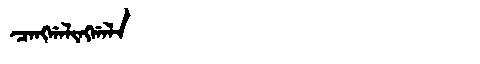
Manchu: ᠴᠠᠩᡤᠠᠯᡳᠩᡤᠠᠯᠠ
Romanization: CANGGALINGGALA